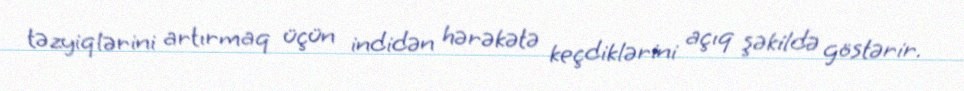
təzyiqlərini artırmaq üçün indidən hərəkətə keçdiklərini açıq şəkildə göstərir.